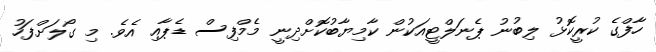
ހާފްގެ ކުރީކޮޅު ލިބުނު ޕެނަލްޓީއަކުން ކާމިޔާބުކޮށްދިނީ މެމްފިސް ޑެޕާއި އެވެ. މި ގޯލަށްފަހު